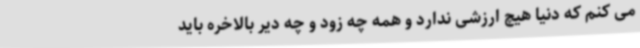
می کنم که دنیا هیچ ارزشی ندارد و همه چه زود و چه دیر بالاخره باید